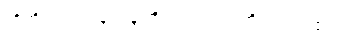
ထိုအိမ်တွင် လိုသမျှကို ပြုပြင်လုပ်ကိုင်ပေးရ၏။